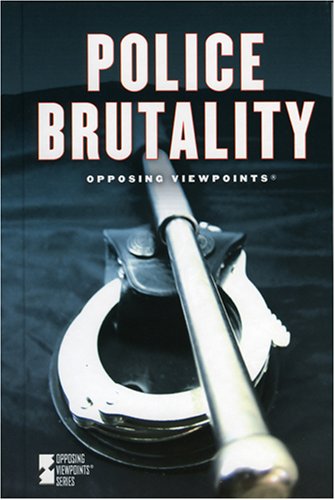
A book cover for Police Brutality (Opposing Viewpoints); Teen & Young Adult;